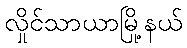
လှိုင်သာယာမြို့နယ်